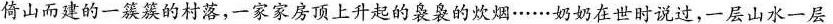
倚山而建的一簇簇的村落，一家家房顶上升起的袅袅的炊烟……奶奶在世时说过，一层山水一层